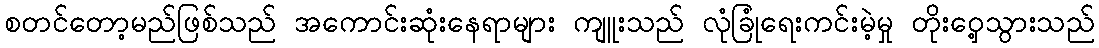
စတင်တော့မည်ဖြစ်သည် အကောင်းဆုံးနေရာများ ကျူးသည် လုံခြုံရေးကင်းမဲ့မှု တိုးဝှေ့သွားသည်